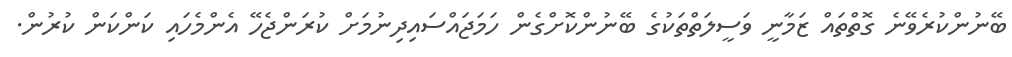
ބޭނުންކުރެވޭނެ ގޮތްތައް ޒަމާނީ ވަސީލަތްތަކުގެ ބޭނުންކޮށްގެން ހަމަޖައްސައިދިނުމަށް ކުރަންޖެހޭ އެންމެހައި ކަންކަން ކުރުން.